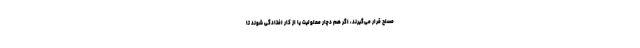
مسلح قرار می‌گیرند، اگر هم دچار معلولیت یا از کار افتادگی شوند تا